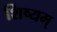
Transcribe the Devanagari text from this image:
शिष्यम्